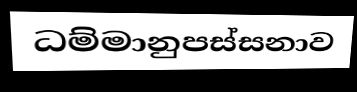
ධම්මානුපස්සනාව